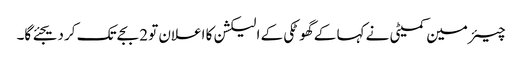
چیئرمین کمیٹی نے کہا کے گھوٹکی کے الیکشن کا اعلان تو 2 بجے تک کر دیجئے گا۔